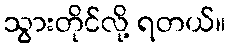
သွားတိုင်လို့ ရတယ်။